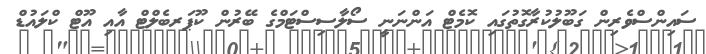
ސައިންސްވެރިން ގަބޫލުކުރާގޮތުގައި ކޮމެޓް އަންނަނީ ސޯލާސިސްޓަމްގެ ބޭރުން ކޫޕަރބެލްޓް އާއި އޫޓް ކްލައުޑް